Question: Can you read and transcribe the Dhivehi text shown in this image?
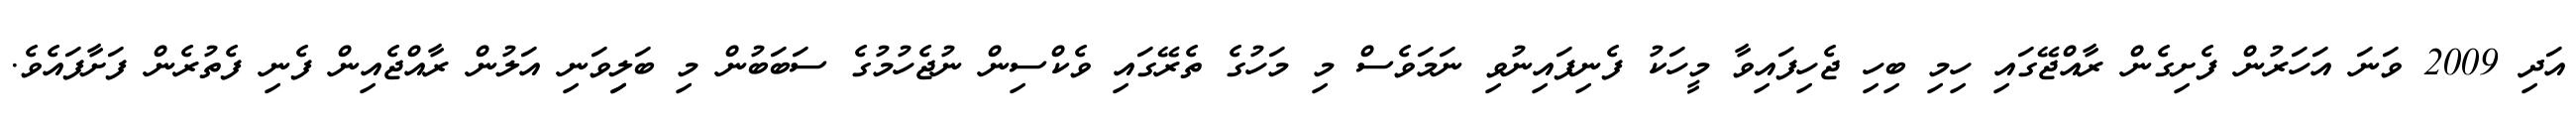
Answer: އަދި 2009 ވަނަ އަހަރުން ފެށިގެން ރާއްޖޭގައި ހިމި ބިހި ޖެހިފައިވާ މީހަކު ފެނިފައިނުވި ނަމަވެސް މި މަހުގެ ތެރޭގައި ވެކްސިން ނުޖެހުމުގެ ސަބަބުން މި ބަލިިވަނި އަލުން ރާއްޖެއިން ފެނި ފެތުރެން ފަށާފައެވެ.